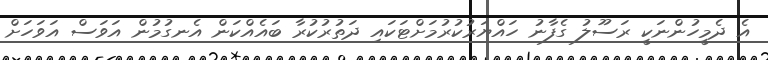
އެ ދެމީހުންނަކީ ރަސޫލު ގެފާނު ހައްޔަރުކުރުމަށްޓަކައި ދަތުރުކުރާ ބައެއްކަން އެނގުމުން އަވަސް އަވަހަށް